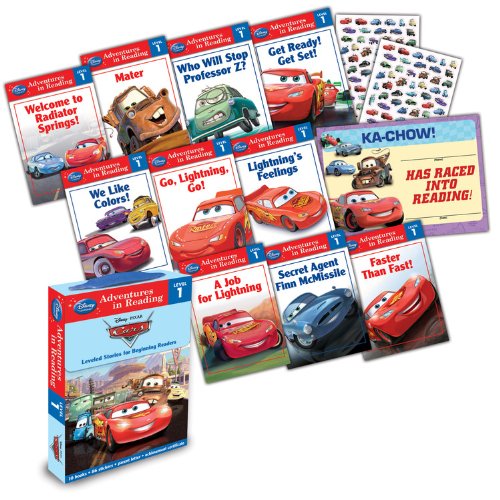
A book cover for Reading Adventures Cars level 1 Boxed Set; Disney Book Group; Children's Books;